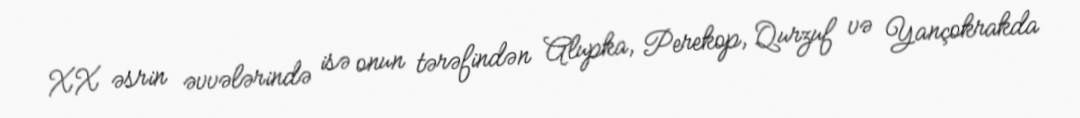
XX əsrin əvvələrində isə onun tərəfindən Alupka, Perekop, Qurzuf və Yançokrakda